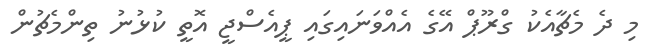
މި ދެ މެޗާއެކު ގްރޫޕް އޭގެ އެއްވަނައިގައި ޕީއެސްޖީ އޮތީ ކުޅުނު ތިންމެޗުން